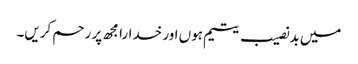
میں بدنصیب یتیم ہوں اور خدارا مجھ پر رحم کریں۔